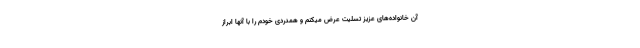
آن خانواده‌های عزیز تسلیت عرض میکنم و همدردی خودم را با آنها ابراز